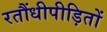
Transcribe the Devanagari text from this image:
रतौंधीपीड़ितों